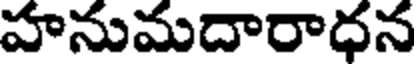
హనుమదారాధన